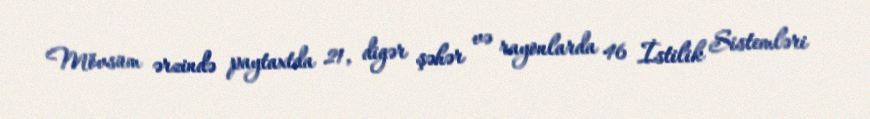
Mövsüm ərzində paytaxtda 21, digər şəhər və rayonlarda 46 İstilik Sistemləri